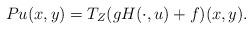
LaTeX: \begin{align*}Pu(x,y)=T_Z(gH(\cdot,u)+f)(x,y).\end{align*}